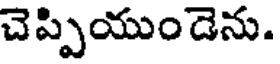
చెప్పియుండెను.